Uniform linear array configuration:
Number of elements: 4
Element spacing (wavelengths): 0.5
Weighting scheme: uniform
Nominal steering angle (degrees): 30
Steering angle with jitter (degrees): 30.418
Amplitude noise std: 0.05
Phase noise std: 0.05

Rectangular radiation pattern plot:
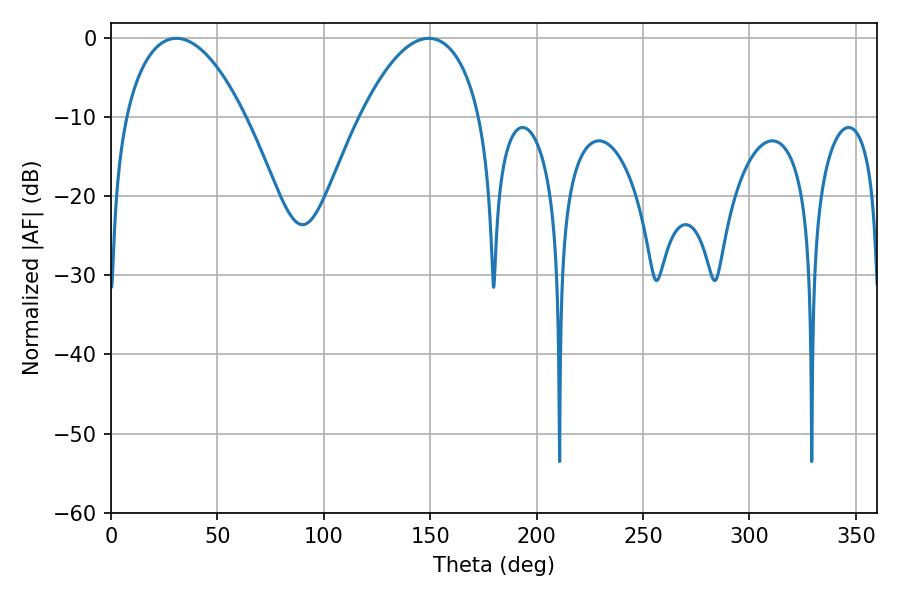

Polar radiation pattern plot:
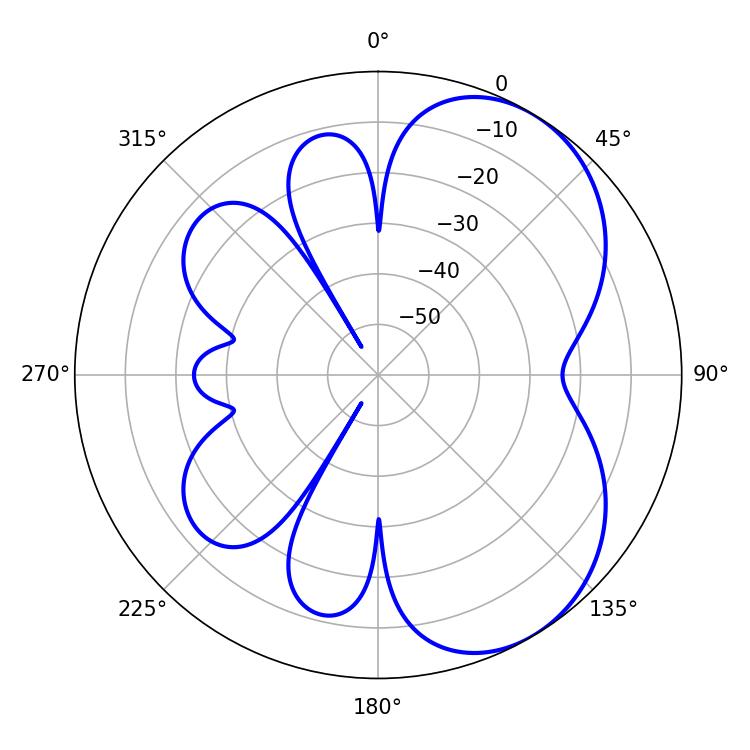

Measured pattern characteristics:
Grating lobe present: FALSE
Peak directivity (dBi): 5.313
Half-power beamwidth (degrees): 31.5
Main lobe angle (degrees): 30.78